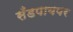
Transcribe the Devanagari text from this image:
सँडपायपर